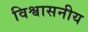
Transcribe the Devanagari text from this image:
विश्वासनीय